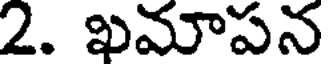
2. ఖమాపన